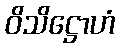
ဝိသိဋ္ဌောဟံ